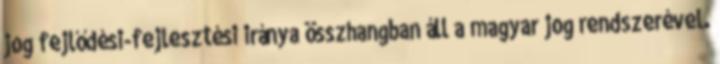
jog fejlődési-fejlesztési iránya összhangban áll a magyar jog rendszerével.